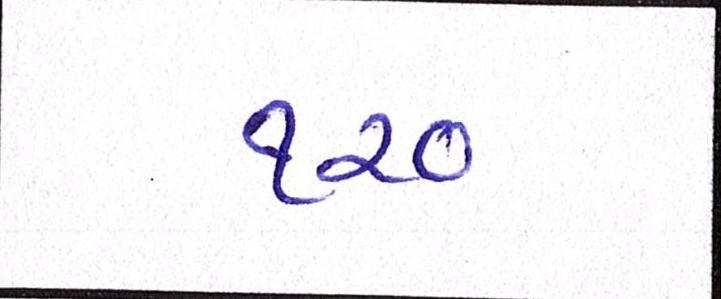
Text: ૧૨૦